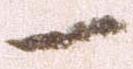
一